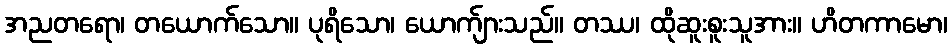
အညတရော၊ တယောက်သော။ ပုရိသော၊ ယောက်ျားသည်။ တဿ၊ ထိုဆူးစူးသူအား။ ဟိတကာမော၊